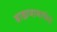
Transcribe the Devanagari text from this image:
ब्राह्मणामार्फत